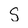
Character: S